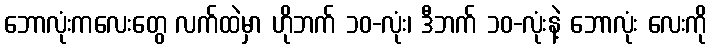
ဘောလုံးကလေးတွေ လက်ထဲမှာ ဟိုဘက် ၁၀-လုံး၊ ဒီဘက် ၁၀-လုံးနဲ့ ဘောလုံး လေးကို